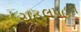
ચહલપહલ